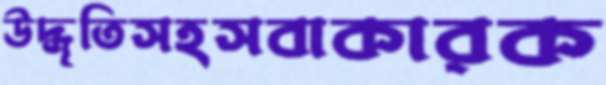
উদ্ধৃতিসহসবাকারক